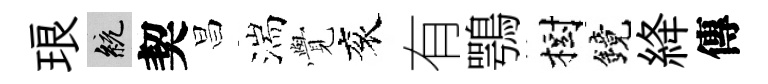
琅統契昌湍𮗜衮有鶚樹鏡絳傳